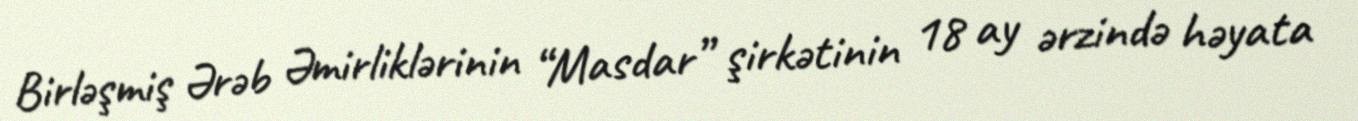
Birləşmiş Ərəb Əmirliklərinin “Masdar” şirkətinin 18 ay ərzində həyata